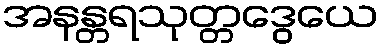
အနန္တရသုတ္တဒွေယေ